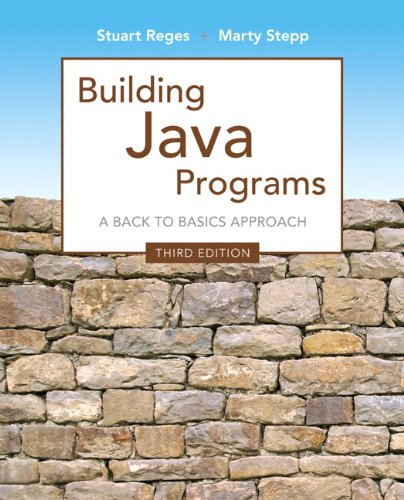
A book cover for Building Java Programs (3rd Edition); Stuart Reges; Computers & Technology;